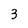
Character: 3